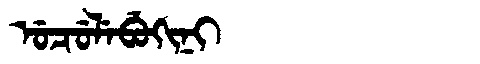
Manchu: ᡠᠴᡠᠯᡝᠪᡠᡴᡳᠨᡳ
Romanization: UCULEBUKINI